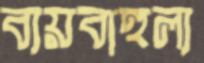
ব্যয়বাহুল্য